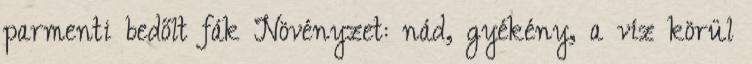
parmenti bedőlt fák Növényzet: nád, gyékény, a víz körül